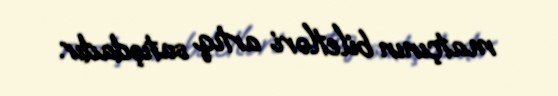
matçının biletləri artıq satışdadır.